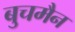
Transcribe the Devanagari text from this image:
बुचमैन